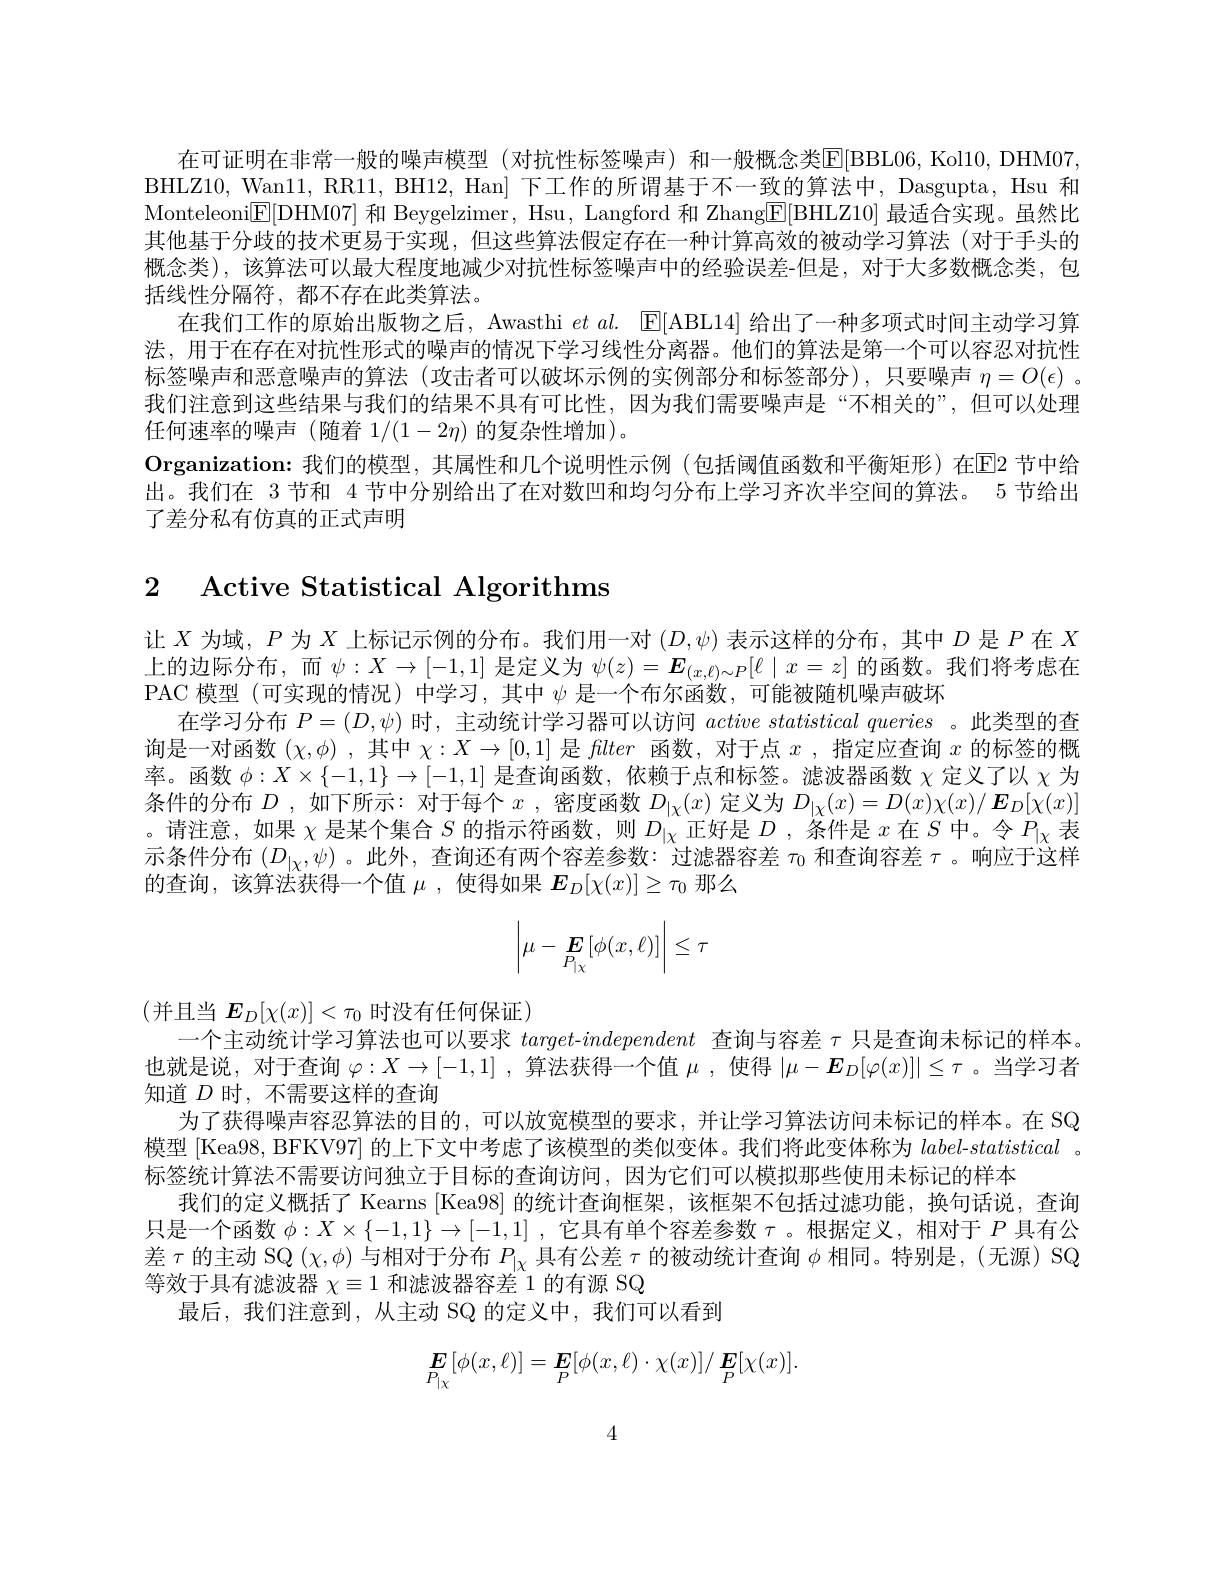
在可证明在非常一般的噪声模型(对抗性标签噪声)和一般概念类$\mathbb{E}[$BBL06,Kol10,DHM07. BHLZ10, Wan11, RR11, BH12, Han] 下工作的所谓基于不一致的算法中，Dasgupta, Hsu 和Monteleoni$\overline{\mathbb{E}}[$DHM07] 和 Beygelzimer, Hsu, Langford 和 Zhang$\underline{\mathbb{E}}[$BHLZ10] 最适合实现。虽然比其他基于分歧的技术更易于实现，但这些算法假定存在一种计算高效的被动学习算法(对于手头的概念类),该算法可以最大程度地减少对抗性标签噪声中的经验误差-但是，对于大多数概念类，包括线性分隔符，都不存在此类算法。
在我们工作的原始出版物之后，Awasthi $et\textit{al. [ E[ ABL14] 给 出 了 一 种 多 项 式 时 间 主 动 学 习 算 }$ 法，用于在存在对抗性形式的噪声的情况下学习线性分离器。他们的算法是第一个可以容忍对抗性标签噪声和恶意噪声的算法 (攻击者可以破坏示例的实例部分和标签部分),只要噪声$\eta=O(\epsilon)$ 。我们注意到这些结果与我们的结果不具有可比性，因为我们需要噪声是“不相关的”,但可以处理任何速率的噪声(随着 1/(1-2η)的复杂性增加)。
$\textbf{Organization: 我 们 的 模 型 , 其 属 性 和 几 个 说 明 性 示 例 ( 包 括 阈 值 函 数 和 平 衡 矩 形 ) 在 E2 节 中 给 }$ 出。我们在 3 节和 4 节中分别给出了在对数凹和均匀分布上学习齐次半空间的算法。5 节给出了差分私有仿真的正式声明

# 2 Active Statistical Algorithms

让$X$为域，$P$为$X$上标记示例的分布。我们用一对$(D,\psi)$表示这样的分布，其中$D$是$P$在$X$ 上的边际分布，而$\psi:X\to[-1,1]$是定义为$\psi(z)=\boldsymbol{E}_{(x,\ell)\sim P}[\ell\mid x=z]$的函数。我们将考虑在PAC 模型(可实现的情况) 中学习，其中$\psi$是一个布尔函数，可能被随机噪声破坏
在学习分布$P=(D,\psi)$时，主动统计学习器可以访问$active\textit{statistical queries 。此 类 型 的 查 }$ 询是一对函数$(\chi,\phi)$ ,其中$\chi:X\to[0,1]$是fllter函数，对于点$x$ ,指定应查询$x$的标签的概率。函数$\phi:X\times\{-1,1\}\to[-1,1]$是查询函数，依赖于点和标签。滤波器函数$\chi$定义了以$\chi$为条件的分布$D$ ,如下所示：对于每个$x$ ,密度函数$D_|\chi(x)$定义为$D_|\chi(x)=D(x)\chi(x)/\boldsymbol{E}_D[\chi(x)]$ 。请注意，如果$\chi$是某个集合$S$的指示符函数，则$D_|\chi$正好是$D$ ,条件是$x$在$S$中。令$P_|\chi$表示条件分布$(D_|\chi,\psi)$ 。此外，查询还有两个容差参数：过滤器容差$\tau_0$和查询容差$\tau$。响应于这样的查询，该算法获得一个值$\mu$ ,使得如果$E_D[\chi(x)]\geq\tau_0$那么
$$\left|\mu-\boldsymbol{E}_{P_{|\chi}}[\phi(x,\ell)]\right|\leq\tau $$
(并且当$E_D[\chi(x)]<\tau_0$时没有任何保证)
一个主动统计学习算法也可以要求$target-independent$查询与容差$\tau$只是查询未标记的样本。也就是说，对于查询$\varphi:X\to[-1,1]$ ,算法获得一个值$\mu$ ,使得$|\mu-E_D[\varphi(x)]|\leq\tau$ 。当学习者知道$D$时，不需要这样的查询
为了获得噪声容忍算法的目的，可以放宽模型的要求，并让学习算法访问未标记的样本。在 SQ 模型 [Kea98, BFKV97] 的上下文中考虑了该模型的类似变体。我们将此变体称为$label-statistical$ 。标签统计算法不需要访问独立于目标的查询访问，因为它们可以模拟那些使用未标记的样本
我们的定义概括了 Kearns [Kea98] 的统计查询框架，该框架不包括过滤功能，换句话说，查询只是一个函数$\phi:X\times\{-1,1\}\to[-1,1]$ ,它具有单个容差参数$\tau$ 。根据定义，相对于$P$具有公差$\tau$的主动 SQ $(\chi,\phi)$与相对于分布$P_|\chi$具有公差$\tau$的被动统计查询$\phi$相同。特别是，(无源) SQ 等效于具有滤波器$\chi\equiv1$和滤波器容差 1 的有源 SQ
最后，我们注意到，从主动 SQ 的定义中，我们可以看到
$$\boldsymbol{E}_{P_{|\chi}}[\phi(x,\ell)]=\boldsymbol{E}[\phi(x,\ell)\cdot\chi(x)]/\boldsymbol{E}[\chi(x)].$$
4